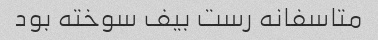
متاسفانه رست بیف سوخته بود